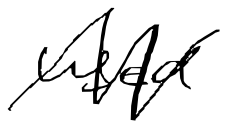
Text: used
Cross-out: zig-zag
Writing tool: digital_black